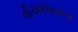
વીચારધારાના